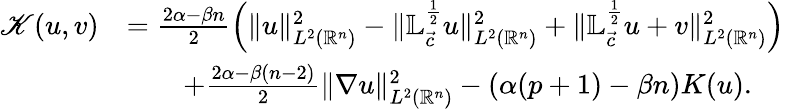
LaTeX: \begin{array}{rl}{\mathscr{K}(u,v)}&{=\frac{2\alpha-\beta n}2\left(\| u\| _{{L^{2}({\mathbb{R}^{n}})}}^{2}-\| \mathbb{L}_{\vec{c}}^{\frac 12}u\| _{L^{2}({\mathbb{R}^{n}})}^{2}+\| \mathbb{L}_{\vec{c}}^{\frac 12}u+v\| _{L^{2}({\mathbb{R}^{n}})}^{2}\right)}\\ &{\qquad+\frac{2\alpha-\beta(n-2)}2\| \nabla u\| _{L^{2}({\mathbb{R}^{n}})}^{2}-(\alpha(p+1)-\beta n)K(u).}\end{array}